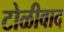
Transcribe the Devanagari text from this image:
टोळीवाद